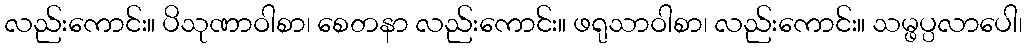
လည်းကောင်း။ ပိသုဏာဝါစာ၊ စေတနာ လည်းကောင်း။ ဖရုသာဝါစာ၊ လည်းကောင်း။ သမ္ဖပ္ပလာပေါ၊